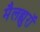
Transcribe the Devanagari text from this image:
मैलह्युरॉ